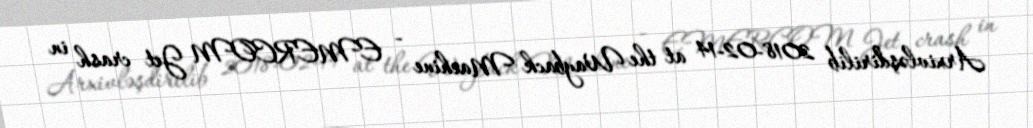
Arxivləşdirilib 2018-02-14 at the Wayback Machine - EMERCOM Jet crash in